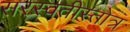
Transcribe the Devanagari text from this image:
सरस्वतीस्तोत्र